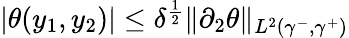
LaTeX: \begin{array}{r}{|\theta(y_{1},y_{2})|\leq\delta^{\frac{1}{2}}\| \partial_{2}\theta\| _{L^{2}(\gamma^{-},\gamma^{+})}}\end{array}